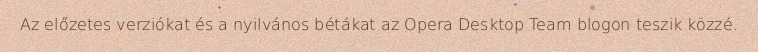
Az előzetes verziókat és a nyilvános bétákat az Opera Desktop Team blogon teszik közzé.